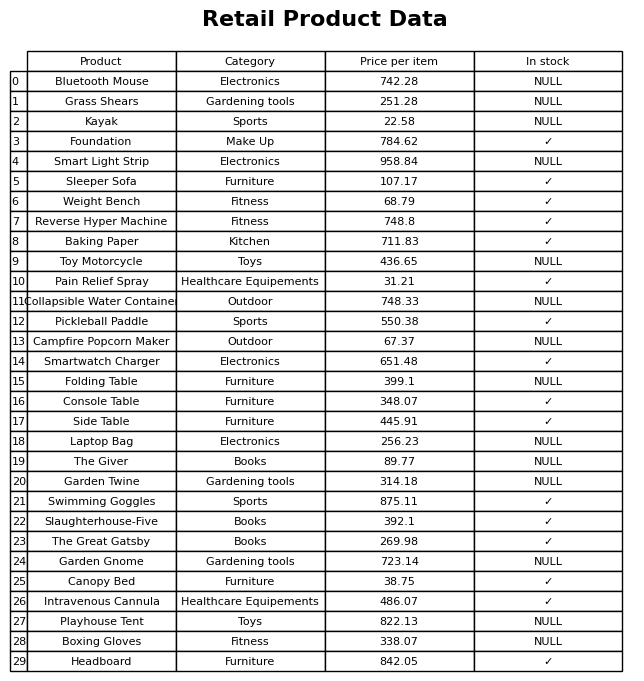
question: Which products are available in stock?
answer: Foundation, Sleeper Sofa, Weight Bench, Reverse Hyper Machine, Baking Paper, Pain Relief Spray, Pickleball Paddle, Smartwatch Charger, Console Table, Side Table, Swimming Goggles, Slaughterhouse-Five, The Great Gatsby, Canopy Bed, Intravenous Cannula, Headboard